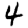
Digit: 4